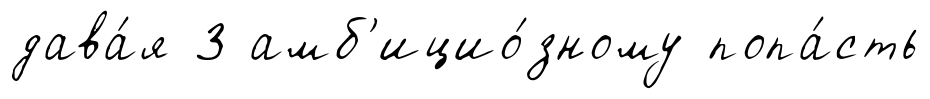
дава́я 3 амб'ицио́зному попа́сть